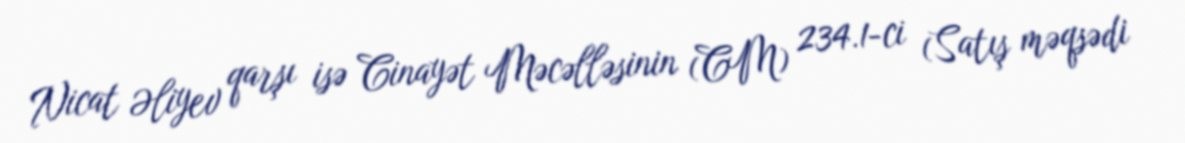
Nicat Əliyev qarşı isə Cinayət Məcəlləsinin (CM) 234.1-ci (Satış məqsədi